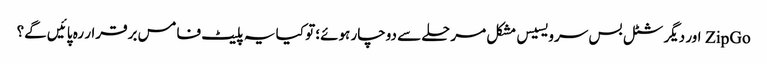
ZipGo اور دیگر شٹل بس سرویسیس مشکل مرحلے سے دوچار ہوئے؛ تو کیا یہ پلیٹ فامس برقرار رہ پائیں گے؟